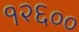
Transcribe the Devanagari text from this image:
१२६००